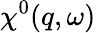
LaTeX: \chi^{0}(q,\omega)